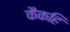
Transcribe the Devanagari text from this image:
कैकहि